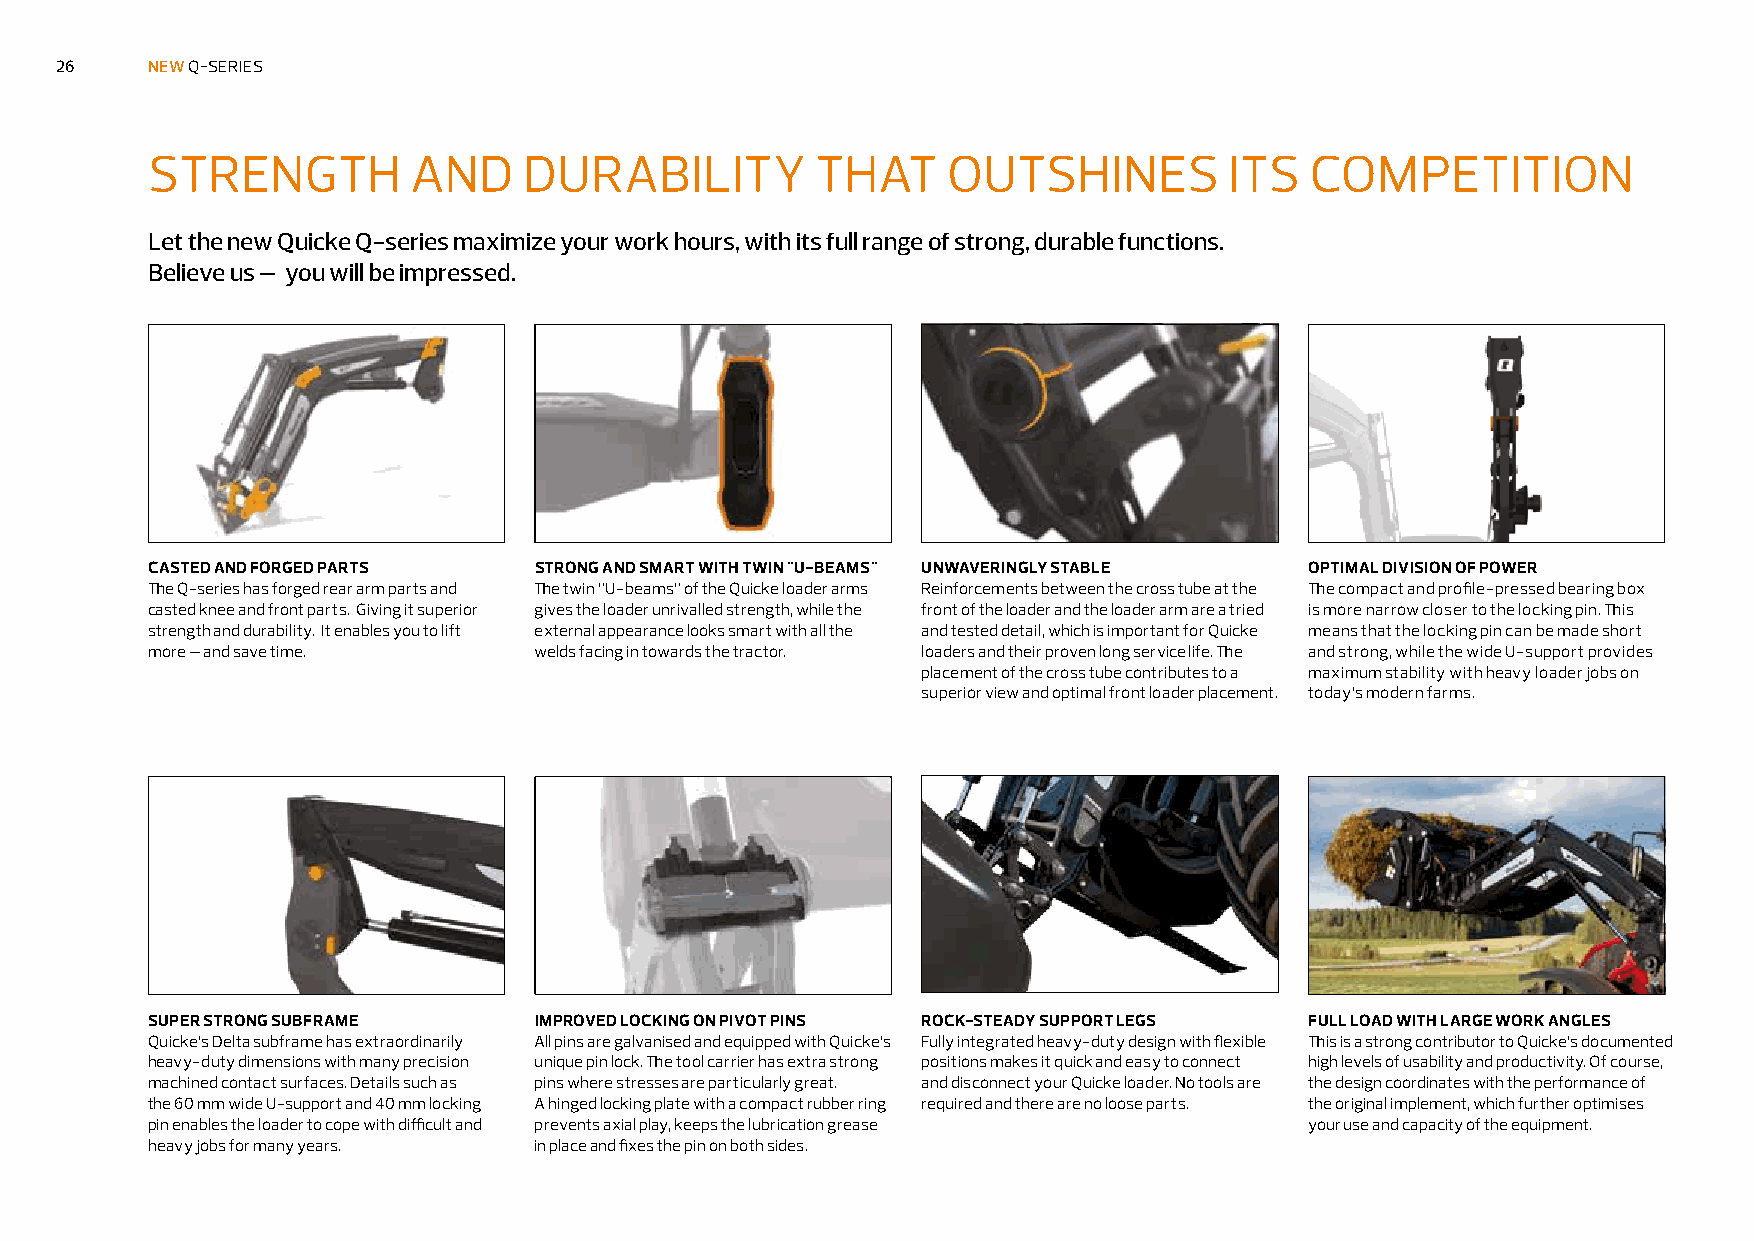
26    NEW Q-SERIES
 STRENGTH         AND     DURABILITY         THAT     OUTSHINES         ITS   COMPETITION
 Let the new Quicke Q-series maximize your work hours, with its full range of strong, durable functions.
 Believe us – you will be impressed.
 CASTED AND FORGED PARTS  STRONG AND SMART WITH TWIN "U-BEAMS" UNWAVERINGLY STABLE OPTIMAL DIVISION OF POWER
 The Q-series has forged rear arm parts and The twin ”U-beams” of the Quicke loader arms Reinforcements between the cross tube at the The compact and profile-pressed bearing box
 casted knee and front parts. Giving it superior gives the loader unrivalled strength, while the front of the loader and the loader arm are a tried is more narrow closer to the locking pin. This
 strength and durability. It enables you to lift external appearance looks smart with all the and tested detail, which is important for Quicke means that the locking pin can be made short
 more – and save time.    welds facing in towards the tractor. loaders and their proven long service life. The and strong, while the wide U-support provides
 placement of the cross tube contributes to a maximum stability with heavy loader jobs on
 superior view and optimal front loader placement. today’s modern farms.
 SUPER STRONG SUBFRAME    IMPROVED LOCKING ON PIVOT PINS ROCK-STEADY SUPPORT LEGS FULL LOAD WITH LARGE WORK ANGLES
 Quicke’s Delta subframe has extraordinarily All pins are galvanised and equipped with Quicke’s Fully integrated heavy-duty design with flexible This is a strong contributor to Quicke’s documented
 heavy-duty dimensions with many precision unique pin lock. The tool carrier has extra strong positions makes it quick and easy to connect high levels of usability and productivity. Of course,
 machined contact surfaces. Details such as pins where stresses are particularly great. and disconnect your Quicke loader. No tools are the design coordinates with the performance of
 the 60 mm wide U-support and 40 mm locking A hinged locking plate with a compact rubber ring required and there are no loose parts. the original implement, which further optimises
 pin enables the loader to cope with difficult and prevents axial play, keeps the lubrication grease your use and capacity of the equipment.
 heavy jobs for many years. in place and fixes the pin on both sides.